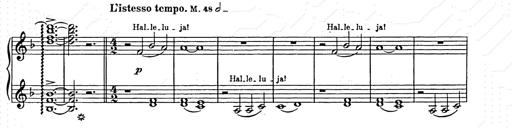
Title: Weihnachtsbaum
Composer: Franz Liszt